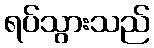
ရပ်သွားသည်